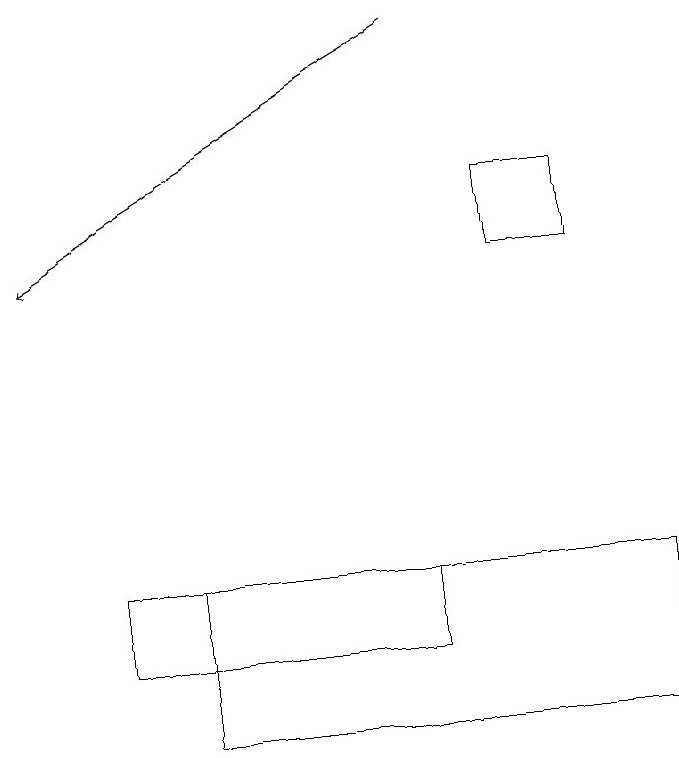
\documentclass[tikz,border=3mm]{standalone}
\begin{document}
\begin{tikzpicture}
\draw (2,10) rectangle (8,12);
\draw[->] (5,19) -- (0,16);
\draw (7,16) rectangle (6,17);
\draw (1,11) rectangle (5,12);
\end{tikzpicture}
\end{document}